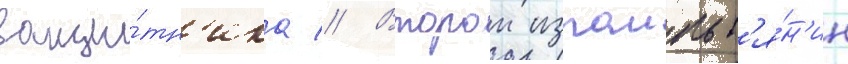
защи́тн'ика // Второи израильт'я́н'ин